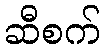
ဆီစက်